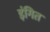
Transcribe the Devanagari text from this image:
इंगित